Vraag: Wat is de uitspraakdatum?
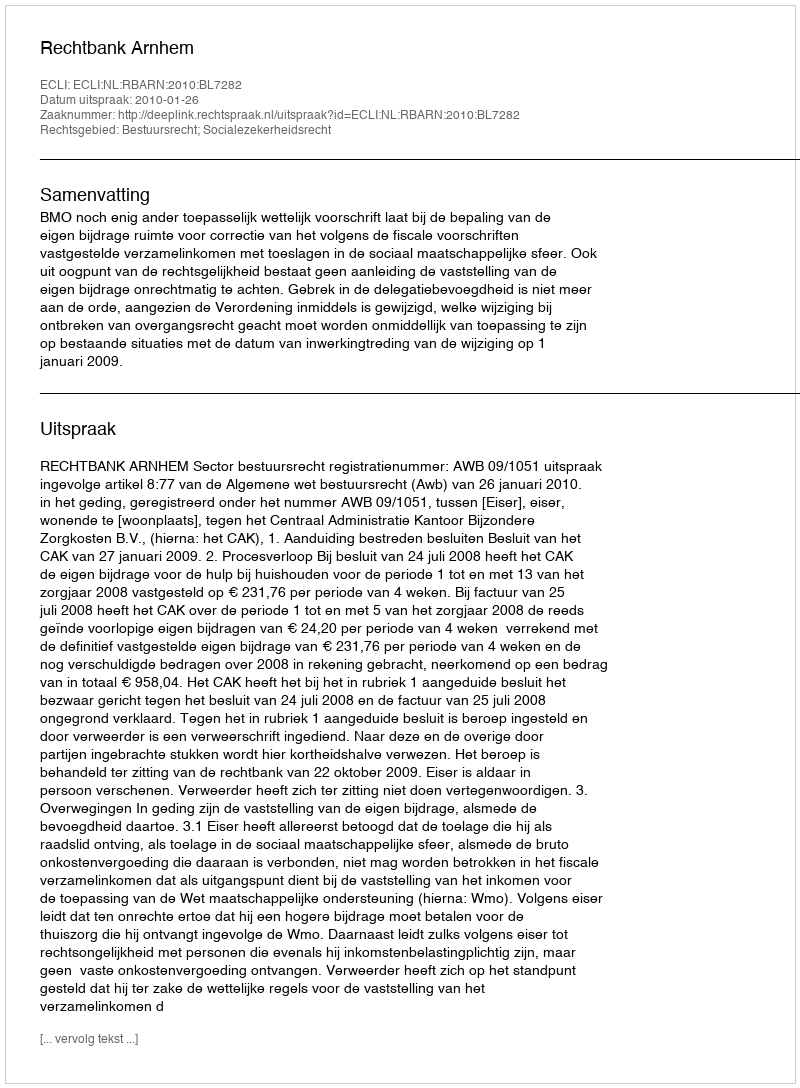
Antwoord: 2010-01-26